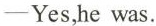
—Yes,he was.